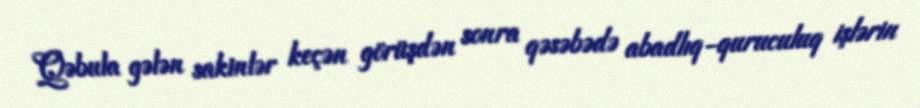
Qəbula gələn sakinlər keçən görüşdən sonra qəsəbədə abadlıq-quruculuq işlərin